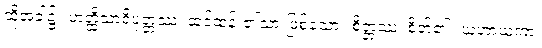
ထိုအခါ၌။ ဟတ္ထိသာရိပုတ္တဿ၊ ဆင်ထန်း၏သားဖြစ်သော။ စိတ္တဿ၊ စိတ်၏။ ယဟာယကာ၊